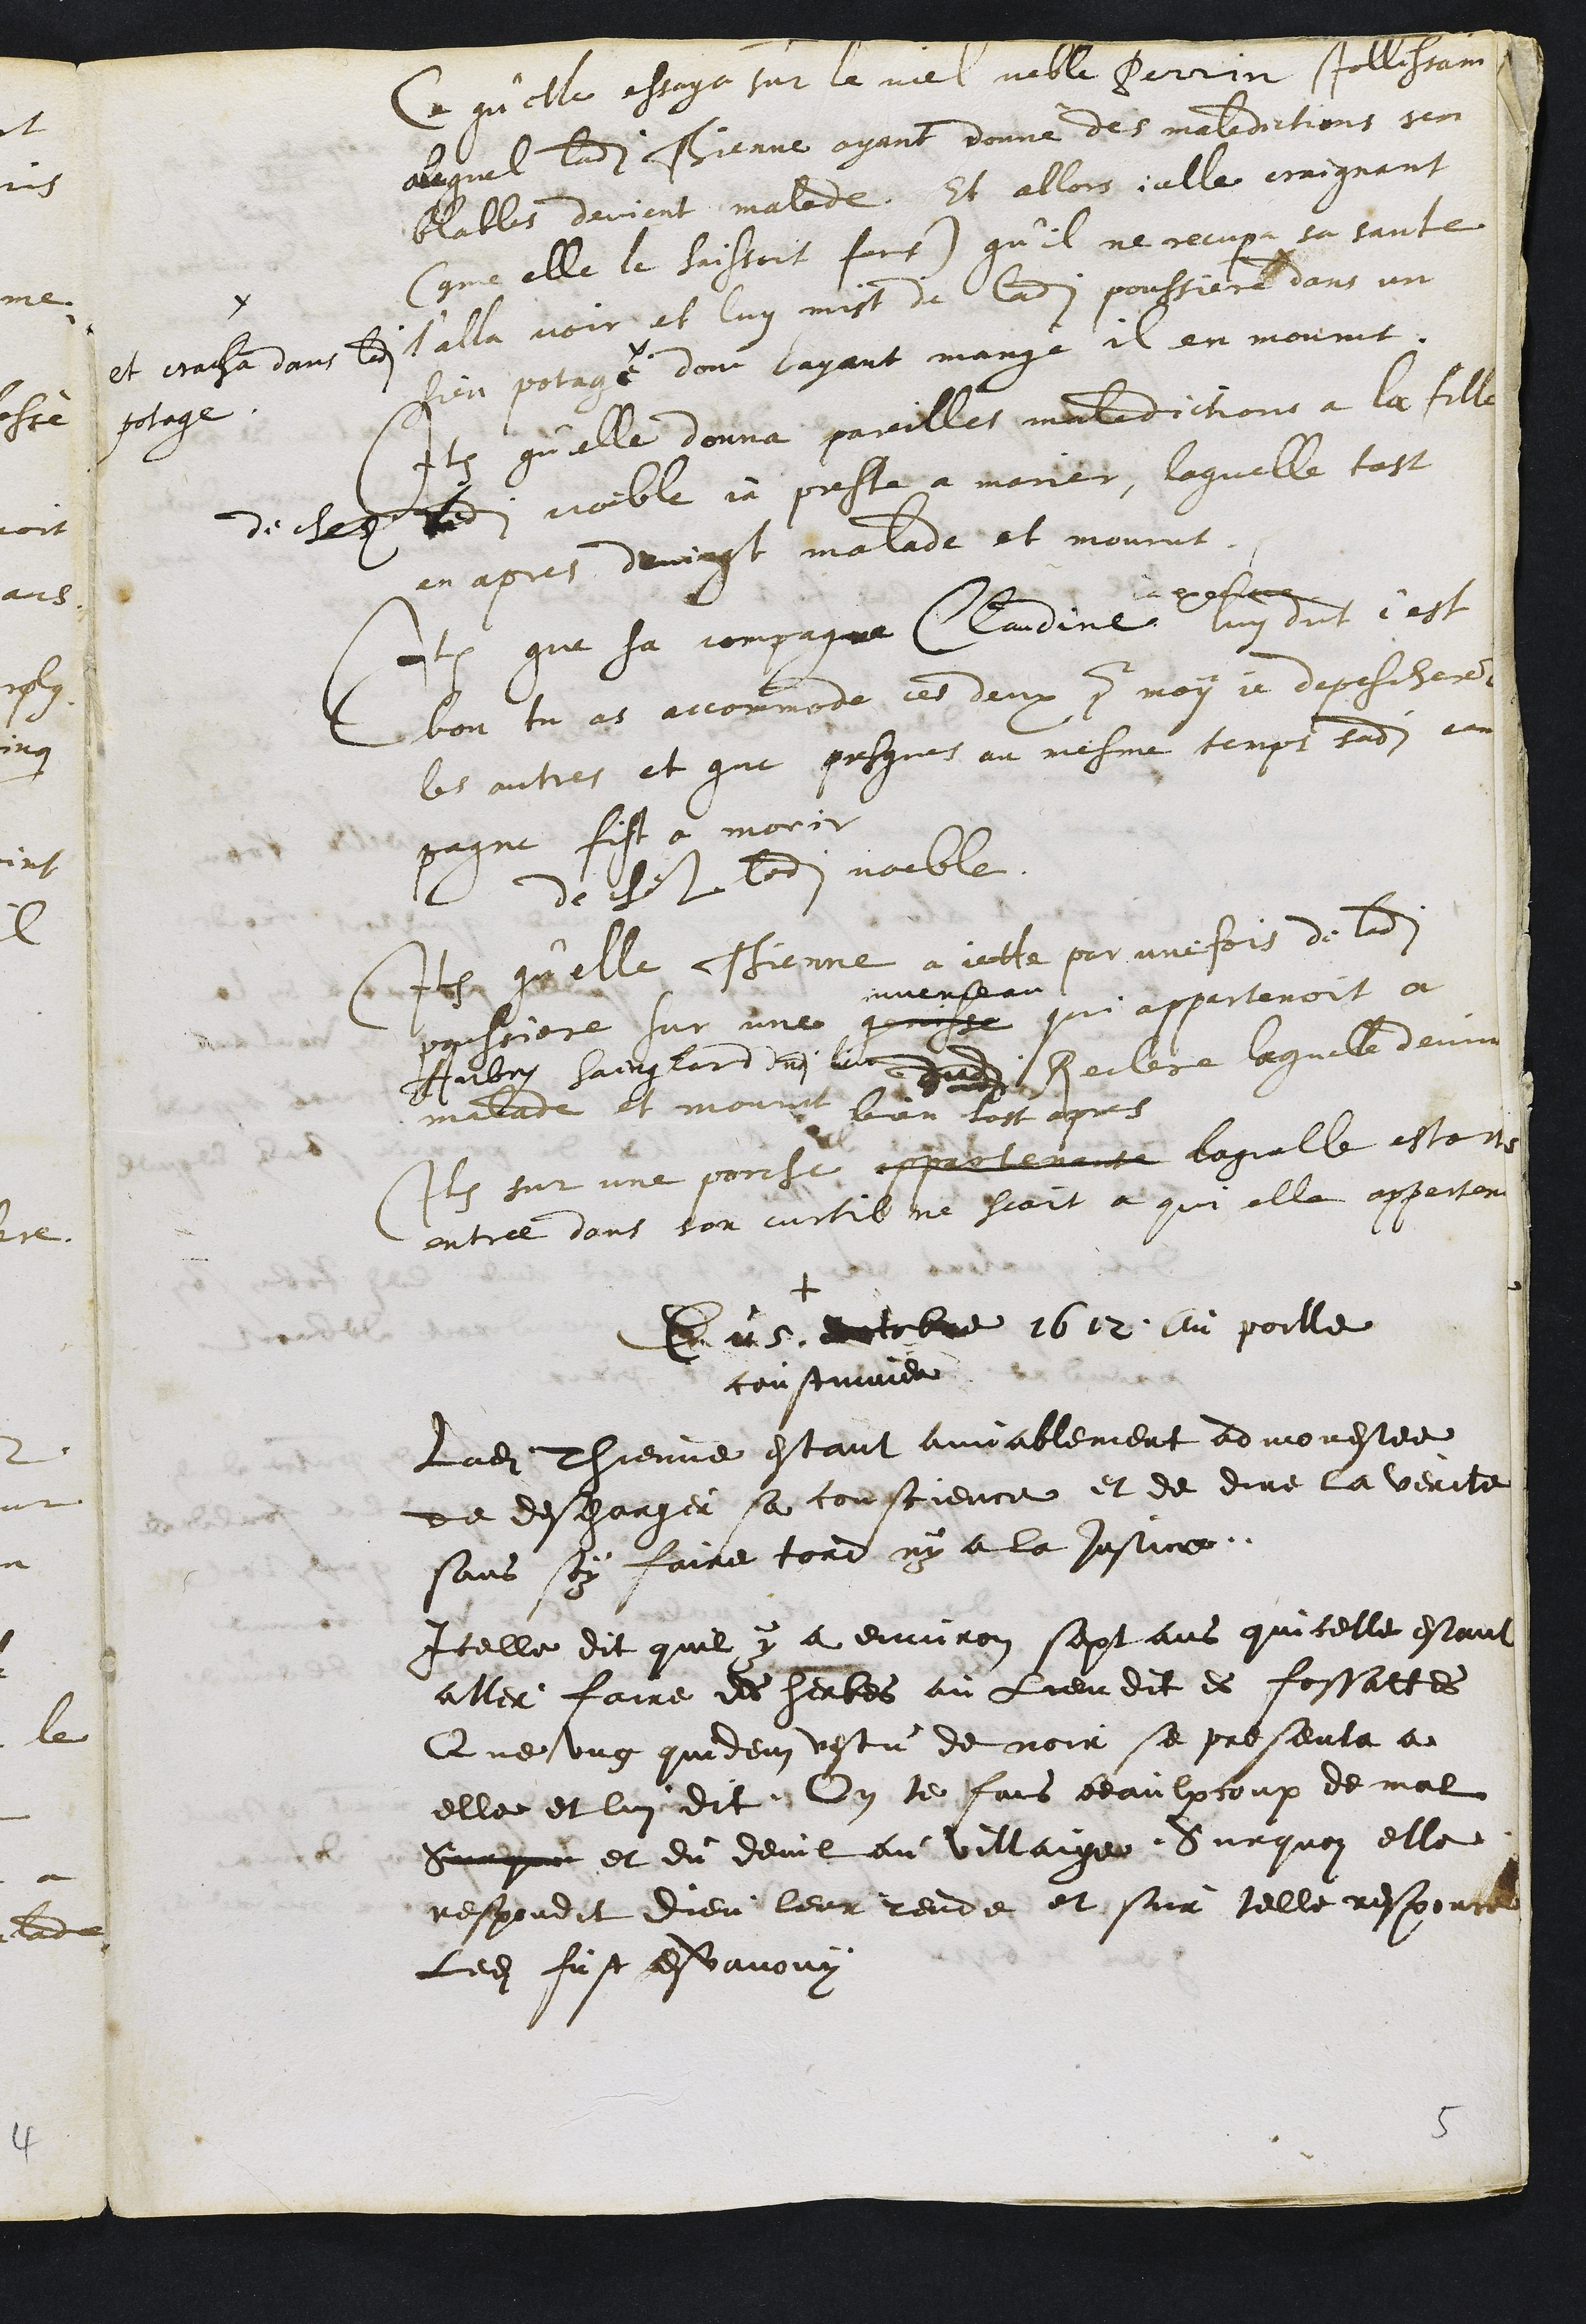
Ce quelle essaya sur le viel veble Perrin Jollissain
auquel ladite Thienne ayant donné des maledictions sen
blables devient malade. Et allors icelle craignant
(comme elle le haissoit fort) qu’il ne recupera sa sante
l’alla voir et luy mist de ladite poussiere dans un
sien potage
et cracha dans ledit
potage.
dont layant mangé il en mourut.
Item qu’elle donna pareilles maledictions a la fille
de chez ledit voeble ja preste a marier, laquelle tost
en apres devingt malade et mourut.
Item que sa compagne Claudine
executee
luy dict c'est
bon tu as accommode ces deux pour moy je depescheres
les autres et que presques au mesme temps sadite com¬
pagne fist a morir
de chez ledit voeble.
Item qu'elle Thienne a jette par une fois de ladite
poussiere sur une genisse
juvenceau
qui appartenoit a
Aubry Sainglard dudit lieu dudit Reclere laquelle devint
malade et mourut bien tost apres
Item sur une porche appartenante laquelle estant
entree dans son curtil ne scait a qui elle appertenoit
+
Du 5 doctobre 1612 au poille
coustumier
Ladite Thienne estant amiablement admonestee
de descharger sa conscience et de dire la verite
sans soy faire tord ny a la justice.
Icelle dit quil y a environ sept ans quicelle estant
aller faire des herbes au lieu dit es fossattes
Que ung quidem vestu de noir se presenta a
elle et lui dit On te fais beaulxcoup de mal
Surque et du deuil au villaige, Surquoy elle
respondit dieu leur rende et sur telle responce
Ledit fust esvanouy

5